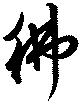
彿